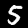
Digit: 5